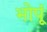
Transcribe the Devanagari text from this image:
भोपूं